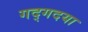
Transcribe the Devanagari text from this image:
गद्गदया